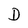
Character: D